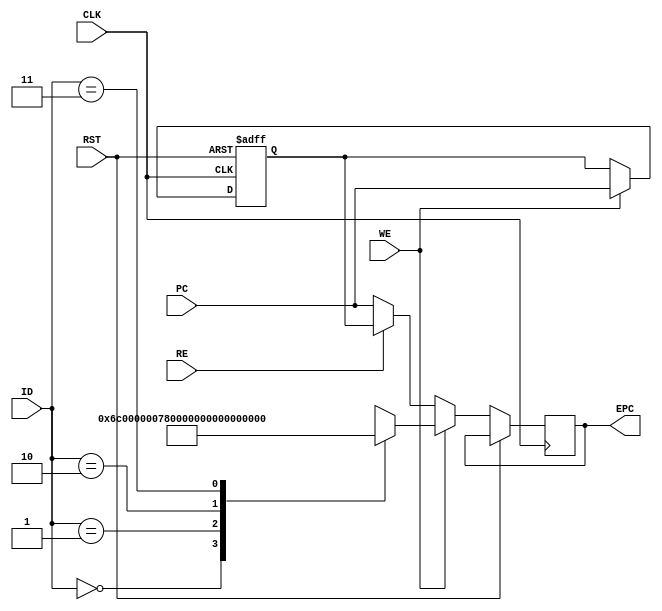
`timescale 1ns / 1ps
//////////////////////////////////////////////////////////////////////////////////
// Company: 
// Engineer: 
// 
// Design Name: 
// Module Name: EPC
// Project Name: 
// Target Devices: 
// Tool Versions: 
// Description: 
// 
// Dependencies: 
// 
// Revision:
// Revision 0.01 - File Created
// Additional Comments:
// 
//////////////////////////////////////////////////////////////////////////////////


module EPC(
    input CLK, WE, RE, RST,
    input [1:0] ID,
    input [31:0] PC,
    output reg [31:0] EPC
    );
    
    reg [31:0]latched_PC;
    
    always@(posedge CLK, posedge RST)
    begin
        if(RST)       latched_PC <= 0;
        else if(WE)
        begin
            latched_PC <= PC;
            case(ID)
                2'b00: EPC <= 108;
                2'b01: EPC <= 120;
                2'b10: EPC <= 132;
                2'b11: EPC <= 144; // This still points to a dummy procedure
                default: EPC <= 0;
            endcase
        end
        else if(RE)     EPC <= latched_PC;
        else            EPC <= PC;
    end
endmodule